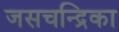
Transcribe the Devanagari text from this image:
जसचन्द्रिका